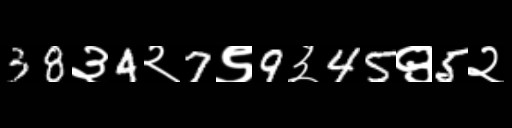
Text: 38३4२7९9३45९5२